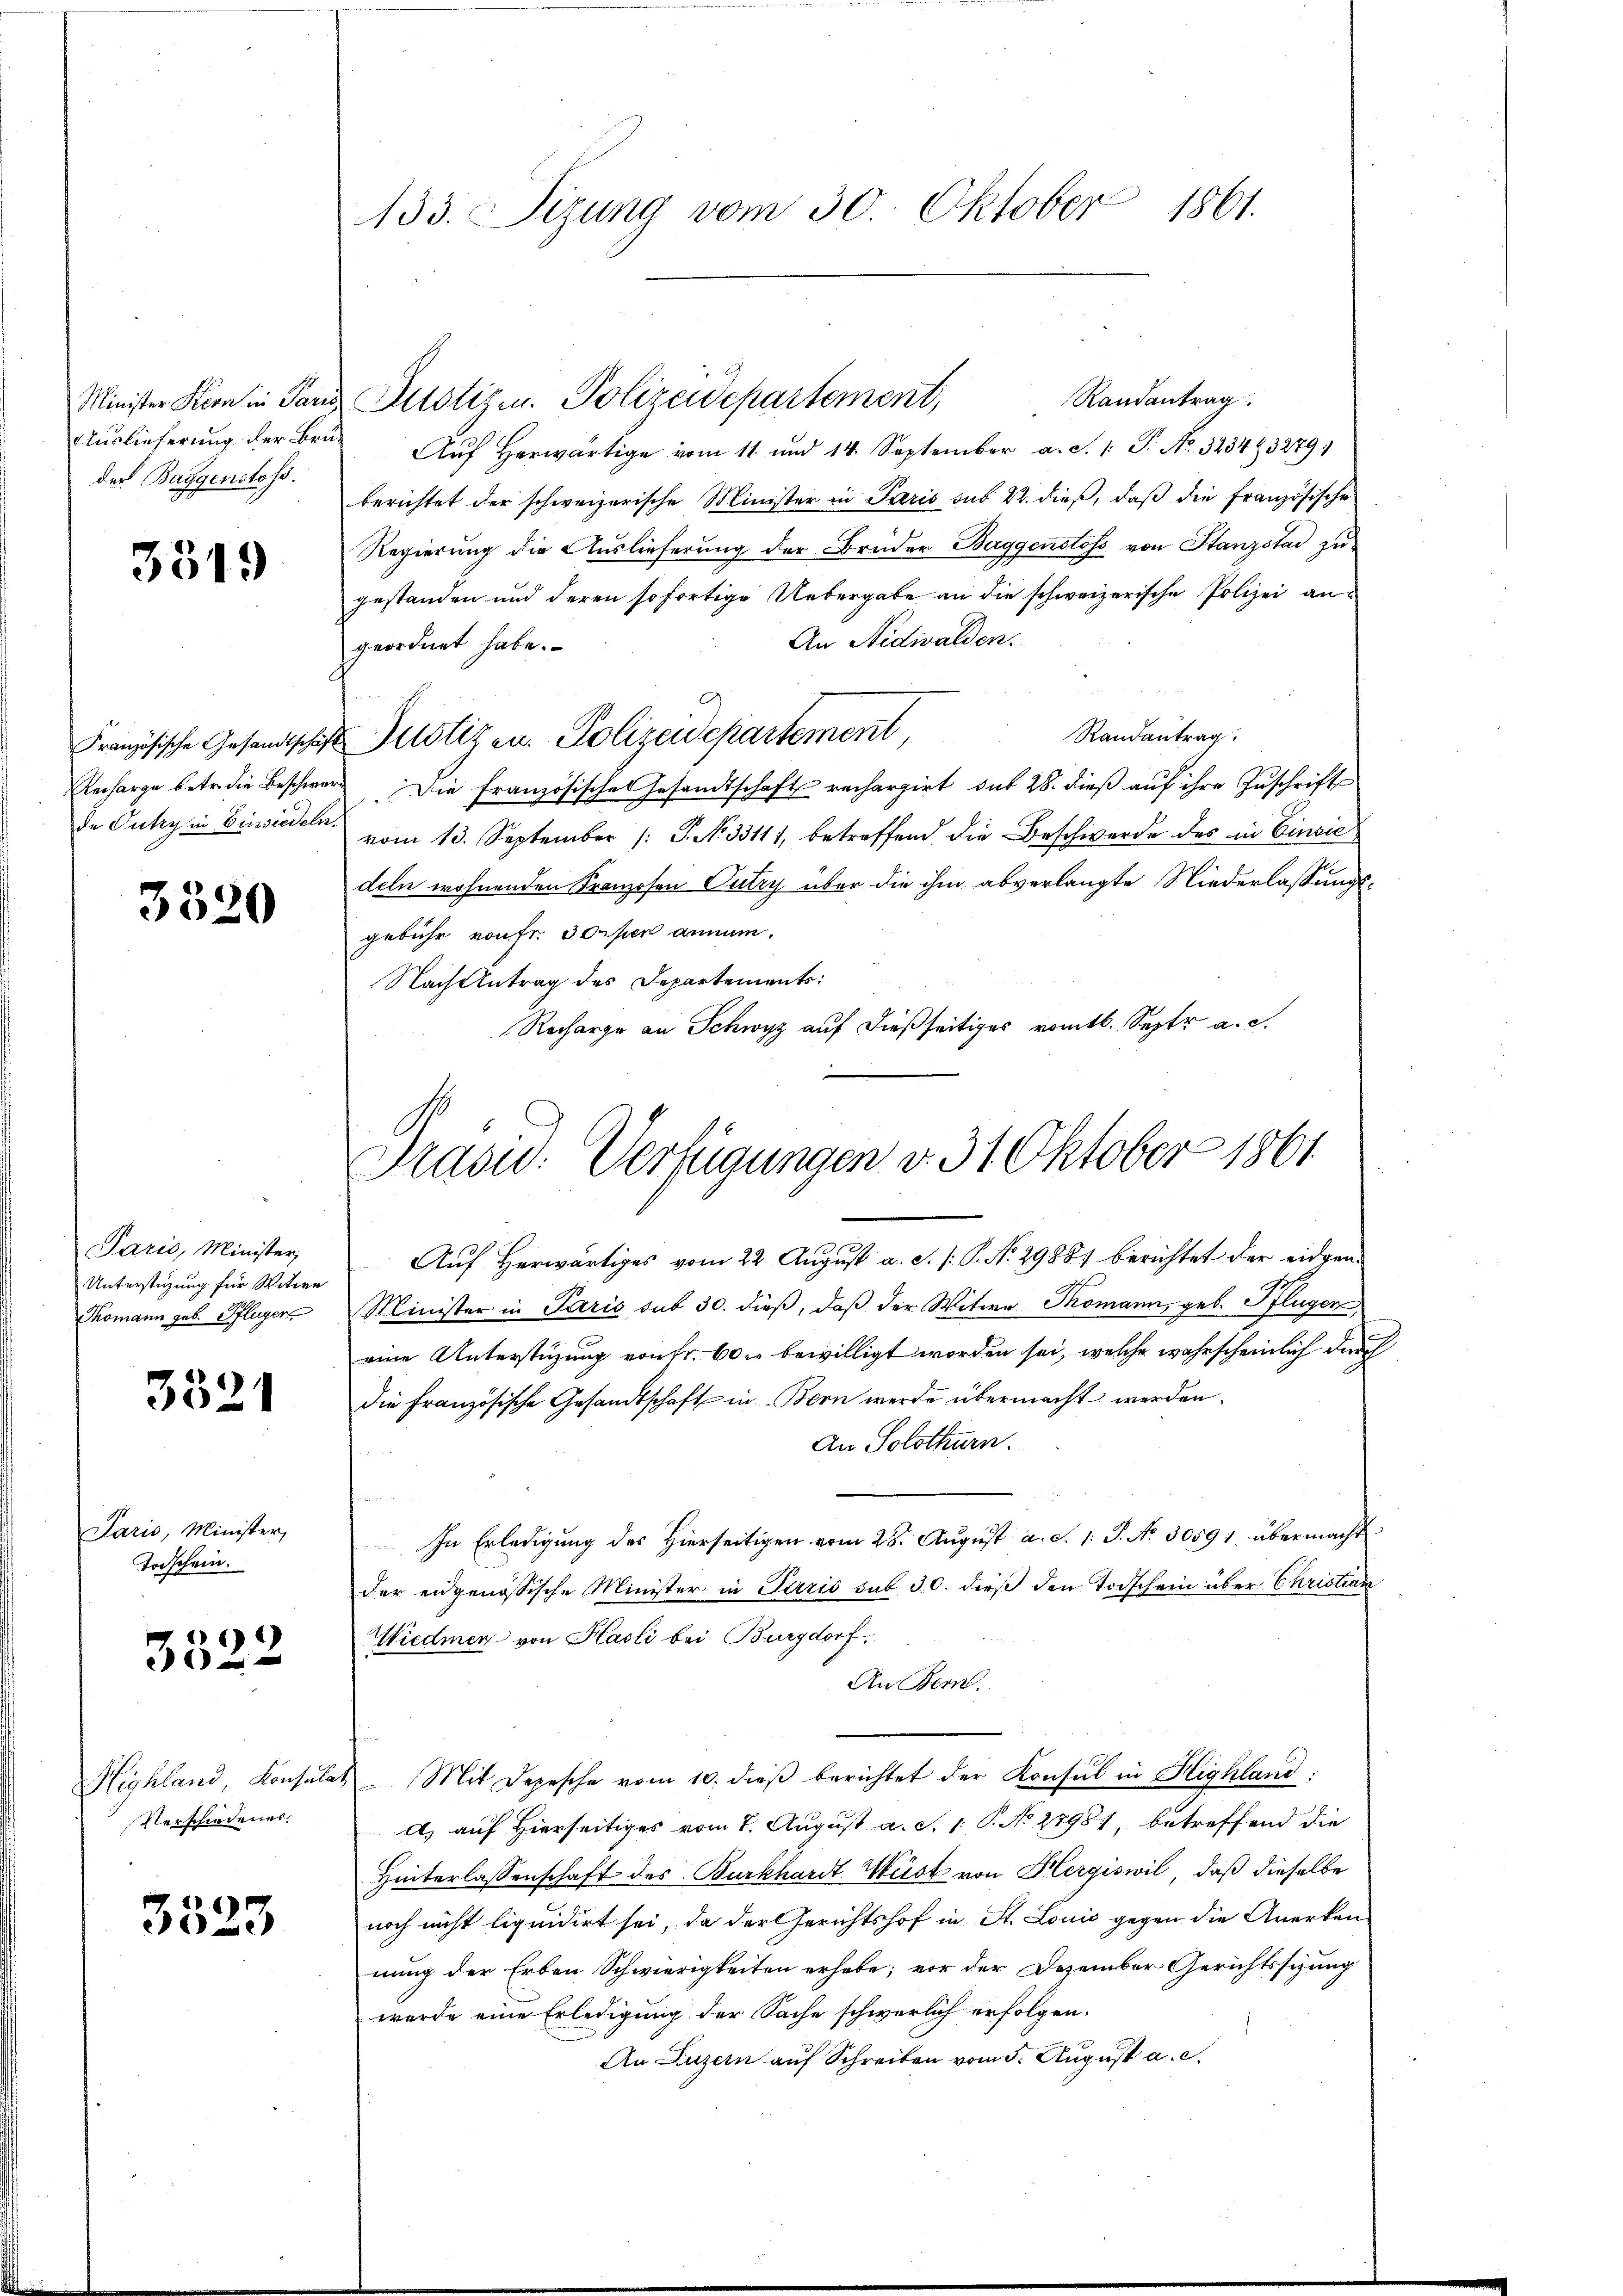
Minister Korn in Par
Auslieferung der Beder Baggenstoss.

331.

Französische Gesandtscha
Recharge betr. die Beschwe
de Putzy in Einsiedeli

3320

Paris, Minister,
Unterstüzung für Witwe
Thomann geb. Pfluger

3321

Paris, Minister,
Todschein.

¬
30

Highland Konsula
Verschiedenes.

3523

133. Sizung vom 30. Oktober 1861.

Randantrag.
Justizen. Polizeidepartement,
Aŭf herwärtige vom 11. und 14. September a. S. 1: P. No. 323483279)
berichtet der schweizerische Minister in Paris aus 4. dieβ, daβ die französische
Regierung die Auslieferung der Bruder Baggenstoss von Stanzstad zugestanden und deren sofortige Uebergabe an die schweizerische Polizei an¬
An Nidwalden.
geordnet habe.
Randantrag.
Justizen. Polizeidepartement,
Die französische Gesandtschaft rechargirt, das 28. dieß auf ihre Zuschrift
vom 13. September /: P. N. 33111, betreffend die Beschwerde des in Einsic
deln wohnenden Kranzosen Putry über die ihm abverlangte Niederlassungsgebühr von fr. 30 per annum.
Nach Antrag des Departements:
Recharge an Schwyz auf dießseitiges romtl. Septr a. c.
Auf Herwärtiges vom 22. August a. d. /: P. No. 29881 berichtet der eidgen.
Minister in Paris sub 30. dieß, daß der Witwe Thomann, geb. Pflügen
eine Unterstüzung von Fr. 60 bewilligt worden sei, welche wahrscheinlich durch
die Französische Gesandtschaft in Bern werde übermacht werden.
An Solothurn.
In Erledigung des Hierseitigen vom 28. August a. S. 1. J. No. 30591 übermacht
der eidgenössische Minister in Paris sub 30. dieß den Todschein über Christian
Wiedmer von Hasli bei Burgdorf.
An Bern.
 Mit Depesche vom 10. dieβ berichtet der Konsul in Highland:
a) auf Hierseitiges vom 7. August a. S. 1: P. No 2795) betreffend die
Hinterlassenschaft des Burkhardt Wüst von Hergiswil, daß dieselbe
noch nicht liquidirt sei, da der Gerichtshof in St. Louić gegen die Anerken
nung der Erben Schwierigkeiten erhabe; vor der Dezember Gerichtssizung
werde eine Erledigung der Sache schwerlich erfolgen.
An Luzern auf Schreiben vom 5. August a. c.

Prasi: Verfügungen v. 31. Oktober 1861